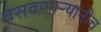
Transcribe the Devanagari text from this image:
बसवणाऱ्यांनीच